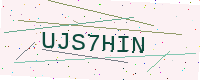
Text: UJS7HIN